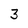
Character: 3